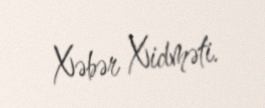
Xəbər Xidməti.